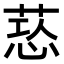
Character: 𦵃